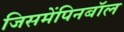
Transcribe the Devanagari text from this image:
जिसमेंपिनबॉल